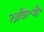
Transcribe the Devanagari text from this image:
२३कि॰मी॰